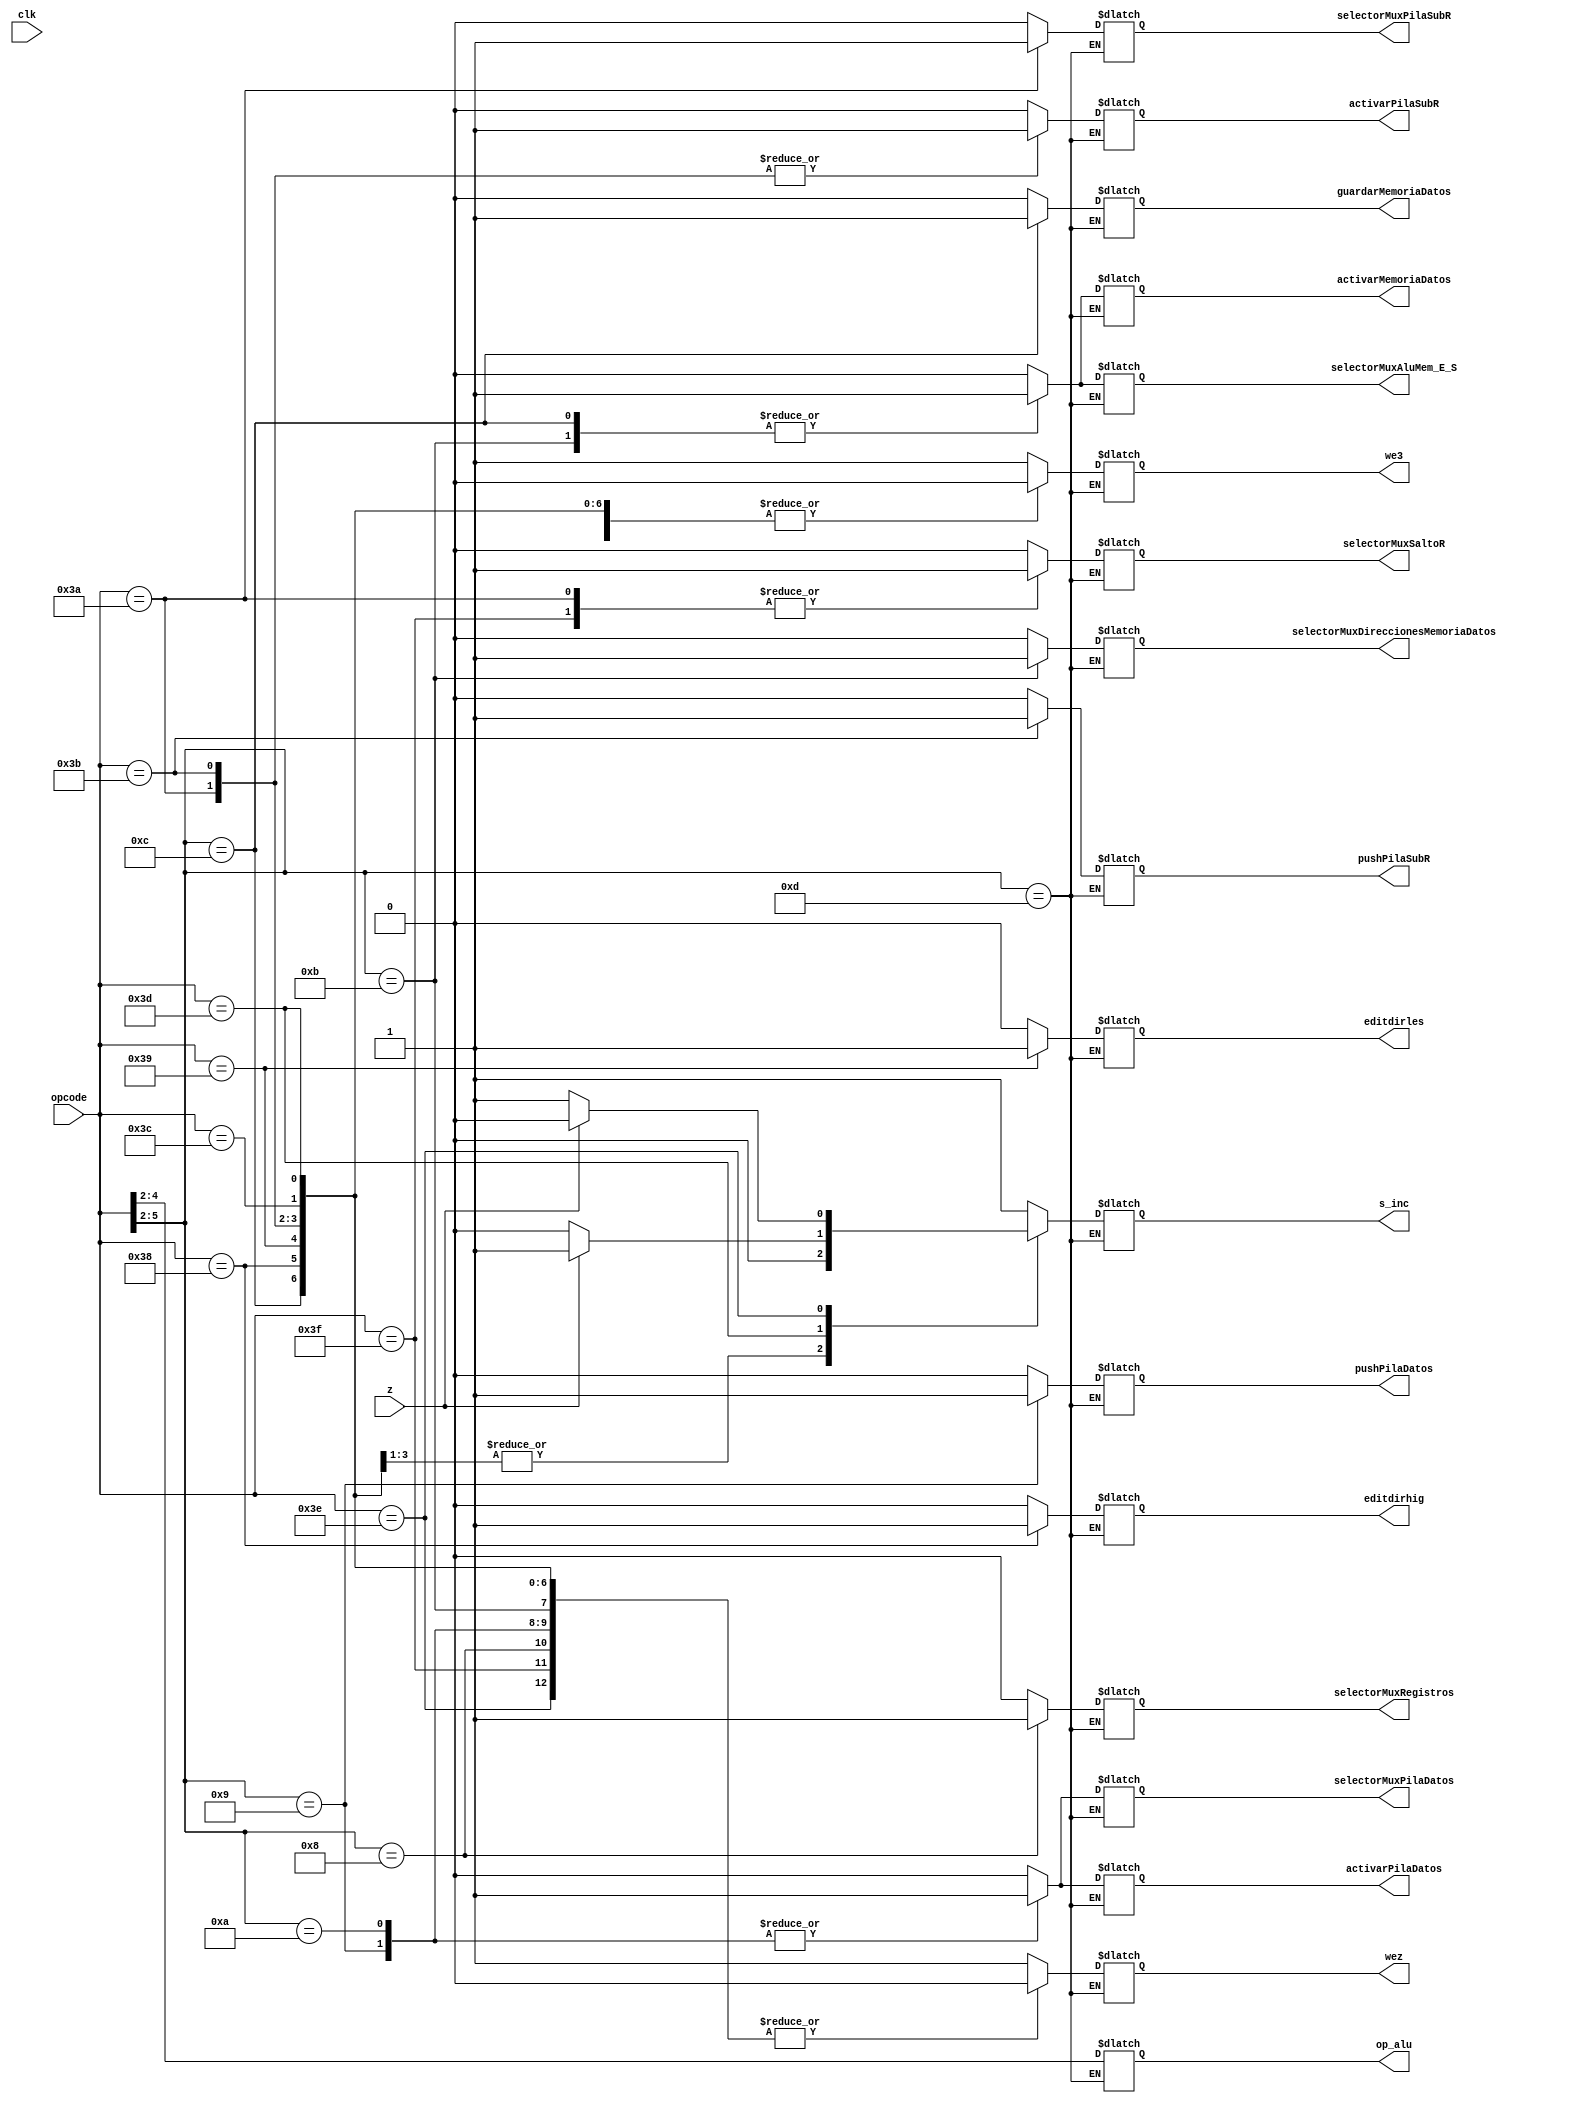
module uc(input wire [5:0] opcode, 
          input wire z,clk, 
          output reg we3,
                      wez,
                      s_inc,
                      selectorMuxSaltoR,
                      selectorMuxRegistros,
                      guardarMemoriaDatos,
                      activarMemoriaDatos,
                      selectorMuxDireccionesMemoriaDatos,
                      activarPilaSubR,
                      pushPilaSubR,
                      selectorMuxPilaSubR,
                      activarPilaDatos,
                      pushPilaDatos,
                      selectorMuxPilaDatos,
                      selectorMuxAluMem_E_S,
		      editdirles,
                      editdirhig, 
          output reg [2:0] op_alu);
always @ (opcode,z,clk)
casex(opcode)
  6'b0xxxxx: begin // s = a
     we3 = 1'b1;
     wez = 1'b1;
     s_inc = 1'b1;
     selectorMuxSaltoR = 1'b0;
     selectorMuxRegistros = 1'b0;
     guardarMemoriaDatos = 1'b0;
     activarMemoriaDatos = 1'b0;
     selectorMuxDireccionesMemoriaDatos = 1'b0;
     activarPilaSubR = 1'b0;
     pushPilaSubR = 1'b0;
     selectorMuxPilaSubR = 1'b0;
     activarPilaDatos = 1'b0;
     pushPilaDatos = 1'b0;
     selectorMuxPilaDatos = 1'b0;
     selectorMuxAluMem_E_S = 1'b0;
     op_alu[2:0] = opcode[4:2];
     editdirles = 1'b0;
     editdirhig = 1'b0;
  end
  6'b1000xx: begin //Carga Inmediato
     we3 = 1'b1;
     wez = 1'b0;
     s_inc = 1'b1;
     selectorMuxSaltoR = 1'b0;
     selectorMuxRegistros = 1'b1;
     guardarMemoriaDatos = 1'b0;
     activarMemoriaDatos = 1'b0;
     selectorMuxDireccionesMemoriaDatos = 1'b0;
     activarPilaSubR = 1'b0;
     pushPilaSubR = 1'b0;
     selectorMuxPilaSubR = 1'b0;
     activarPilaDatos = 1'b0;
     pushPilaDatos = 1'b0;
     selectorMuxPilaDatos = 1'b0;
     selectorMuxAluMem_E_S = 1'b0;
     op_alu[2:0] = opcode[4:2]; 
     editdirles = 1'b0;
     editdirhig = 1'b0;
  end
  6'b1001xx: begin //push dato
     we3 = 1'b0;
     wez = 1'b0;
     s_inc = 1'b1;
     selectorMuxSaltoR = 1'b0;
     selectorMuxRegistros = 1'b0;
     guardarMemoriaDatos = 1'b0;
     activarMemoriaDatos = 1'b0;
     selectorMuxDireccionesMemoriaDatos = 1'b0;
     activarPilaSubR = 1'b0;
     pushPilaSubR = 1'b0;
     selectorMuxPilaSubR = 1'b0;
     activarPilaDatos = 1'b1;
     pushPilaDatos = 1'b1;
     selectorMuxPilaDatos = 1'b1;
     selectorMuxAluMem_E_S = 1'b0;
     op_alu[2:0] = opcode[4:2];
     editdirles = 1'b0;
     editdirhig = 1'b0;
  end
  6'b1010xx: begin //pop dato
     we3 = 1'b1;
     wez = 1'b0;
     s_inc = 1'b1;
     selectorMuxSaltoR = 1'b0;
     selectorMuxRegistros = 1'b0;
     guardarMemoriaDatos = 1'b0;
     activarMemoriaDatos = 1'b0;
     selectorMuxDireccionesMemoriaDatos = 1'b0;
     activarPilaSubR = 1'b0;
     pushPilaSubR = 1'b0;
     selectorMuxPilaSubR = 1'b0;
     activarPilaDatos = 1'b1;
     pushPilaDatos = 1'b0;
     selectorMuxPilaDatos = 1'b1;
     selectorMuxAluMem_E_S = 1'b0;
     op_alu[2:0] = opcode[4:2];
     editdirles = 1'b0;
     editdirhig = 1'b0;
  end
  6'b1011xx: begin //cargar dato desde memoria
     we3 = 1'b1;
     wez = 1'b0;
     s_inc = 1'b1;
     selectorMuxSaltoR = 1'b0;
     selectorMuxRegistros = 1'b0;
     guardarMemoriaDatos = 1'b0;
     activarMemoriaDatos = 1'b1;
     selectorMuxDireccionesMemoriaDatos = 1'b1;
     activarPilaSubR = 1'b0;
     pushPilaSubR = 1'b0;
     selectorMuxPilaSubR = 1'b0;
     activarPilaDatos = 1'b0;
     pushPilaDatos = 1'b0;
     selectorMuxPilaDatos = 1'b0;
     selectorMuxAluMem_E_S = 1'b1;
     op_alu[2:0] = opcode[4:2];
     editdirles = 1'b0;
     editdirhig = 1'b0;
  end
  6'b1100xx: begin //guardar memoria de datos
     we3 = 1'b0;
     wez = 1'b0;
     s_inc = 1'b1;
     selectorMuxSaltoR = 1'b0;
     selectorMuxRegistros = 1'b0;
     guardarMemoriaDatos = 1'b1;
     activarMemoriaDatos = 1'b1;
     selectorMuxDireccionesMemoriaDatos = 1'b0;
     activarPilaSubR = 1'b0;
     pushPilaSubR = 1'b0;
     selectorMuxPilaSubR = 1'b0;
     activarPilaDatos = 1'b0;
     pushPilaDatos = 1'b0;
     selectorMuxPilaDatos = 1'b0;
     selectorMuxAluMem_E_S = 1'b1;
     op_alu[2:0] = opcode[4:2];
     editdirles = 1'b0;
     editdirhig = 1'b0;
  end
  6'b1101xx: begin //LIBRE
  end
  6'b111000: begin //duardar r2 en dir[15:8]
     we3 = 1'b0;
     wez = 1'b0;
     s_inc = 1'b1;
     selectorMuxSaltoR = 1'b0;
     selectorMuxRegistros = 1'b0;
     guardarMemoriaDatos = 1'b0;
     activarMemoriaDatos = 1'b0;
     selectorMuxDireccionesMemoriaDatos = 1'b0;
     activarPilaSubR = 1'b0;
     pushPilaSubR = 1'b0;
     selectorMuxPilaSubR = 1'b0;
     activarPilaDatos = 1'b0;
     pushPilaDatos = 1'b0;
     selectorMuxPilaDatos = 1'b0;
     selectorMuxAluMem_E_S = 1'b0;
     op_alu[2:0] = opcode[4:2];
     editdirles = 1'b0;
     editdirhig = 1'b1;
  end
  6'b111001: begin //guardar r2 en dir[7:0]
     we3 = 1'b0;
     wez = 1'b0;
     s_inc = 1'b1;
     selectorMuxSaltoR = 1'b0;
     selectorMuxRegistros = 1'b0;
     guardarMemoriaDatos = 1'b0;
     activarMemoriaDatos = 1'b0;
     selectorMuxDireccionesMemoriaDatos = 1'b0;
     activarPilaSubR = 1'b0;
     pushPilaSubR = 1'b0;
     selectorMuxPilaSubR = 1'b0;
     activarPilaDatos = 1'b0;
     pushPilaDatos = 1'b0;
     selectorMuxPilaDatos = 1'b0;
     selectorMuxAluMem_E_S = 1'b0;
     op_alu[2:0] = opcode[4:2];
     editdirles = 1'b1;
     editdirhig = 1'b0;
  end
  6'b111010: begin //return
     we3 = 1'b0;
     wez = 1'b0;
     s_inc = 1'b0;
     selectorMuxSaltoR = 1'b1;
     selectorMuxRegistros = 1'b0;
     guardarMemoriaDatos = 1'b0;
     activarMemoriaDatos = 1'b0;
     selectorMuxDireccionesMemoriaDatos = 1'b0;
     activarPilaSubR = 1'b1;
     pushPilaSubR = 1'b0;
     selectorMuxPilaSubR = 1'b1;
     activarPilaDatos = 1'b0;
     pushPilaDatos = 1'b0;
     selectorMuxPilaDatos = 1'b0;
     selectorMuxAluMem_E_S = 1'b0;
     op_alu[2:0] = opcode[4:2];
     editdirles = 1'b0;
     editdirhig = 1'b0;
  end
  6'b111011: begin //call 
     we3 = 1'b0;
     wez = 1'b0;
     s_inc = 1'b0;
     selectorMuxSaltoR = 1'b0;
     selectorMuxRegistros = 1'b0;
     guardarMemoriaDatos = 1'b0;
     activarMemoriaDatos = 1'b0;
     selectorMuxDireccionesMemoriaDatos = 1'b0;
     activarPilaSubR = 1'b1;
     pushPilaSubR = 1'b1;
     selectorMuxPilaSubR = 1'b0;
     activarPilaDatos = 1'b0;
     pushPilaDatos = 1'b0;
     selectorMuxPilaDatos = 1'b0;
     selectorMuxAluMem_E_S = 1'b0;
     op_alu[2:0] = opcode[4:2];
     editdirles = 1'b0;
     editdirhig = 1'b0;
  end
  6'b111100: begin //J
     we3 = 1'b0;
     wez = 1'b0;
     s_inc = 1'b0;
     selectorMuxSaltoR = 1'b0;
     selectorMuxRegistros = 1'b0;
     guardarMemoriaDatos = 1'b0;
     activarMemoriaDatos = 1'b0;
     selectorMuxDireccionesMemoriaDatos = 1'b0;
     activarPilaSubR = 1'b0;
     pushPilaSubR = 1'b0;
     selectorMuxPilaSubR = 1'b0;
     activarPilaDatos = 1'b0;
     pushPilaDatos = 1'b0;
     selectorMuxPilaDatos = 1'b0;
     selectorMuxAluMem_E_S = 1'b0;
     op_alu[2:0] = opcode[4:2];
     editdirles = 1'b0;
     editdirhig = 1'b0;
  end
  6'b111101: begin //JZ
    if (z==0) begin
       s_inc = 1'b0;
    end
    else begin
       s_inc =1'b1;
    end      
     we3 = 1'b0;
     wez = 1'b0;
     selectorMuxSaltoR = 1'b0;
     selectorMuxRegistros = 1'b0;
     guardarMemoriaDatos = 1'b0;
     activarMemoriaDatos = 1'b0;
     selectorMuxDireccionesMemoriaDatos = 1'b0;
     activarPilaSubR = 1'b0;
     pushPilaSubR = 1'b0;
     selectorMuxPilaSubR = 1'b0;
     activarPilaDatos = 1'b0;
     pushPilaDatos = 1'b0;
     selectorMuxPilaDatos = 1'b0;
     selectorMuxAluMem_E_S = 1'b0;
     op_alu[2:0] = opcode[4:2];
     editdirles = 1'b0;
     editdirhig = 1'b0;
  end
  6'b111110: begin //JNZ
    if (z == 1) begin
       s_inc = 1'b0;
    end
    else begin
       s_inc =1'b1;
    end      
     we3 = 1'b0;
     wez = 1'b0;
     selectorMuxSaltoR = 1'b0;
     selectorMuxRegistros = 1'b0;
     guardarMemoriaDatos = 1'b0;
     activarMemoriaDatos = 1'b0;
     selectorMuxDireccionesMemoriaDatos = 1'b0;
     activarPilaSubR = 1'b0;
     pushPilaSubR = 1'b0;
     selectorMuxPilaSubR = 1'b0;
     activarPilaDatos = 1'b0;
     pushPilaDatos = 1'b0;
     selectorMuxPilaDatos = 1'b0;
     selectorMuxAluMem_E_S = 1'b0;
     op_alu[2:0] = opcode[4:2];
     editdirles = 1'b0;
     editdirhig = 1'b0;
  end
  6'b111111: begin //JR
     we3 = 1'b0;
     wez = 1'b0;
     s_inc = 1'b1;
     selectorMuxSaltoR = 1'b1;
     selectorMuxRegistros = 1'b0;
     guardarMemoriaDatos = 1'b0;
     activarMemoriaDatos = 1'b0;
     selectorMuxDireccionesMemoriaDatos = 1'b0;
     activarPilaSubR = 1'b0;
     pushPilaSubR = 1'b0;
     selectorMuxPilaSubR = 1'b0;
     activarPilaDatos = 1'b0;
     pushPilaDatos = 1'b0;
     selectorMuxPilaDatos = 1'b0;
     selectorMuxAluMem_E_S = 1'b0;
     op_alu[2:0] = opcode[4:2];
     editdirles = 1'b0;
     editdirhig = 1'b0;
  end
endcase
endmodule